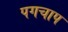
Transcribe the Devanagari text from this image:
पगचाप